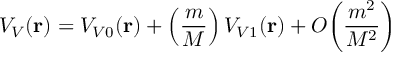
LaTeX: V _ { V } ( { \bf r } ) = V _ { V 0 } ( { \bf r } ) + \left( \frac { m } { M } \right) V _ { V 1 } ( { \bf r } ) + { \cal O } \bigg ( \frac { m ^ { 2 } } { M ^ { 2 } } \bigg )